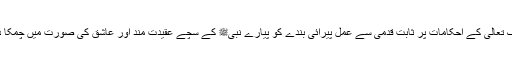
اللہ تبارک تعالیٰ کے احکامات پر ثابت قدمی سے عمل پیرائی بندے کو پیارے نبیﷺ کے سچے عقیدت مند اور عاشق کی صورت میں چمکا دیتی ہے۔